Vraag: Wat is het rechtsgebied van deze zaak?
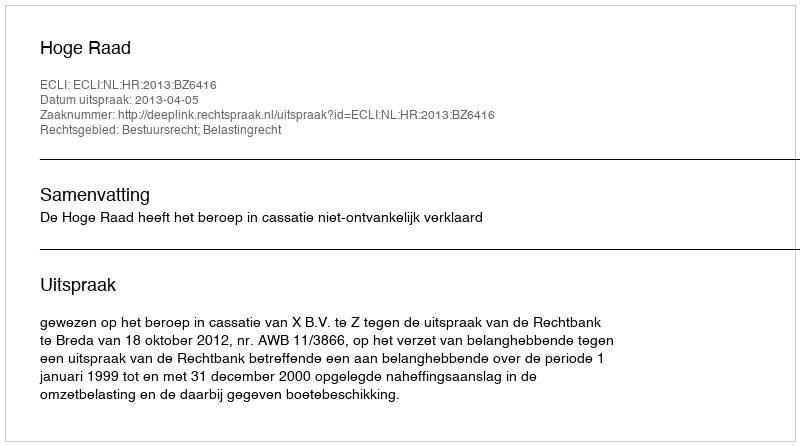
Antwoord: Bestuursrecht; Belastingrecht